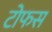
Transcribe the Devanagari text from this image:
टोफस